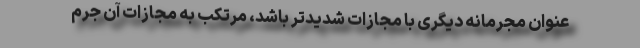
عنوان مجرمانه دیگری با مجازات شدیدتر باشد، مرتکب به مجازات آن جرم